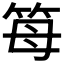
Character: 𥬦